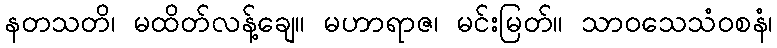
နတသတိ၊ မထိတ်လန့်ချေ။ မဟာရာဇ၊ မင်းမြတ်။ သာဝသေသံဝစနံ၊